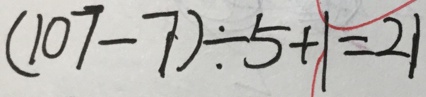
( 1 0 7 - 7 ) \div 5 + 1 = 2 1